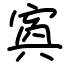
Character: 寏